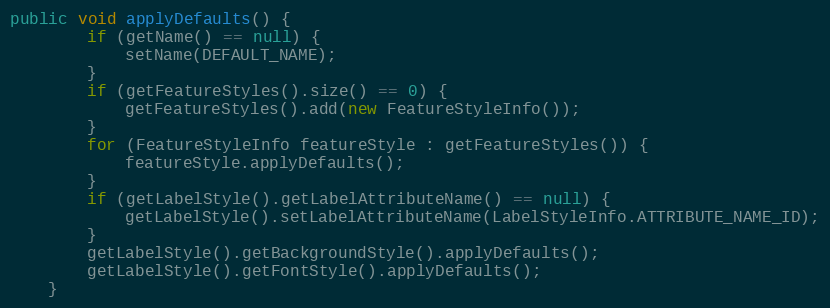
Language: Java
public void applyDefaults() {
		if (getName() == null) {
			setName(DEFAULT_NAME);
		}
		if (getFeatureStyles().size() == 0) {
			getFeatureStyles().add(new FeatureStyleInfo());
		}
		for (FeatureStyleInfo featureStyle : getFeatureStyles()) {
			featureStyle.applyDefaults();
		}
		if (getLabelStyle().getLabelAttributeName() == null) {
			getLabelStyle().setLabelAttributeName(LabelStyleInfo.ATTRIBUTE_NAME_ID);
		}
		getLabelStyle().getBackgroundStyle().applyDefaults();
		getLabelStyle().getFontStyle().applyDefaults();
	}